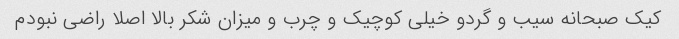
کیک صبحانه سیب و گردو خیلی کوچیک و چرب و میزان شکر بالا اصلا راضی نبودم